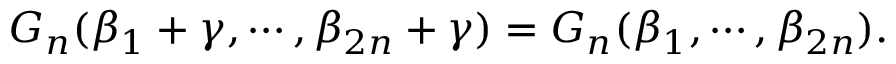
G _ { n } ( \beta _ { 1 } + \gamma , \cdots , \beta _ { 2 n } + \gamma ) = G _ { n } ( \beta _ { 1 } , \cdots , \beta _ { 2 n } ) .